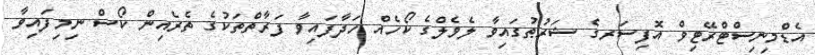
އެޑްމިނިސްޓްރޭޓިވް އޮފިސަރގެ ޝަރުޠުގައިވާ ލެވެލްގެ ކޯހެއް ހަދާފައިވާ ފަރާތްތަކުގެ ތެރެއިން ކޯސް ނިމިފައިވާ